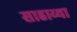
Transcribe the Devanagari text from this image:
साहाय्या